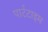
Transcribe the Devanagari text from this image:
पार्टटाइम